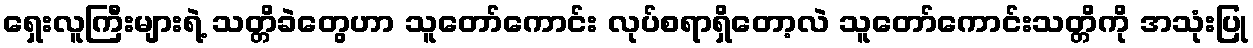
ရှေးလူကြီးများရဲ့ သတ္တိခဲတွေဟာ သူတော်ကောင်း လုပ်စရာရှိတော့လဲ သူတော်ကောင်းသတ္တိကို အသုံးပြု